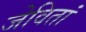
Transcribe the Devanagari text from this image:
जेवितां